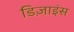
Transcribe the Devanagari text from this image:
डिज़ाइंस